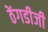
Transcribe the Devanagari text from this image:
ठेंगडीजी